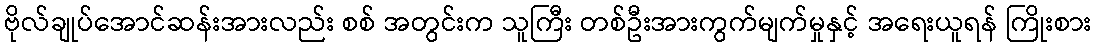
ဗိုလ်ချုပ်အောင်ဆန်းအားလည်း စစ် အတွင်းက သူကြီး တစ်ဦးအားကွက်မျက်မှုနှင့် အရေးယူရန် ကြိုးစား